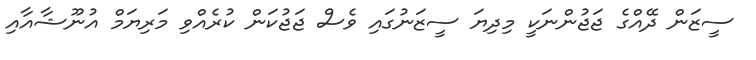
ސީޒަން ދޭއްގެ ޖަޖުންނަކީ މިދިޔަ ސީޒަނުގައި ވެސް ޖަޖުކަން ކުރެއްވި މަރިޔަމް އުނޫޝާއާއި